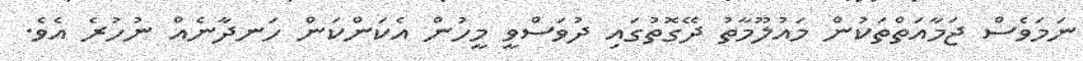
ނަމަވެސް ޖަމާއަތްތަކުން މައުލޫމާތު ދޭގޮތުގައި ދުވަސްވީ މީހުން އެކަންކަން ހަނދާނެއް ނުހުރެ އެވެ.